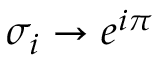
\sigma _ { i } \rightarrow e ^ { i \pi }